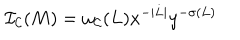
LaTeX: { \cal I _ { C } } ( M ) = \omega _ { \cal C } ( L ) x ^ { - | L | } y ^ { - \sigma ( L ) }